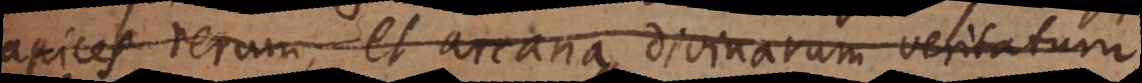
apices rerum, et arcana divinarum veritatum